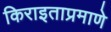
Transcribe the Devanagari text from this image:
किराइताप्रमाणे